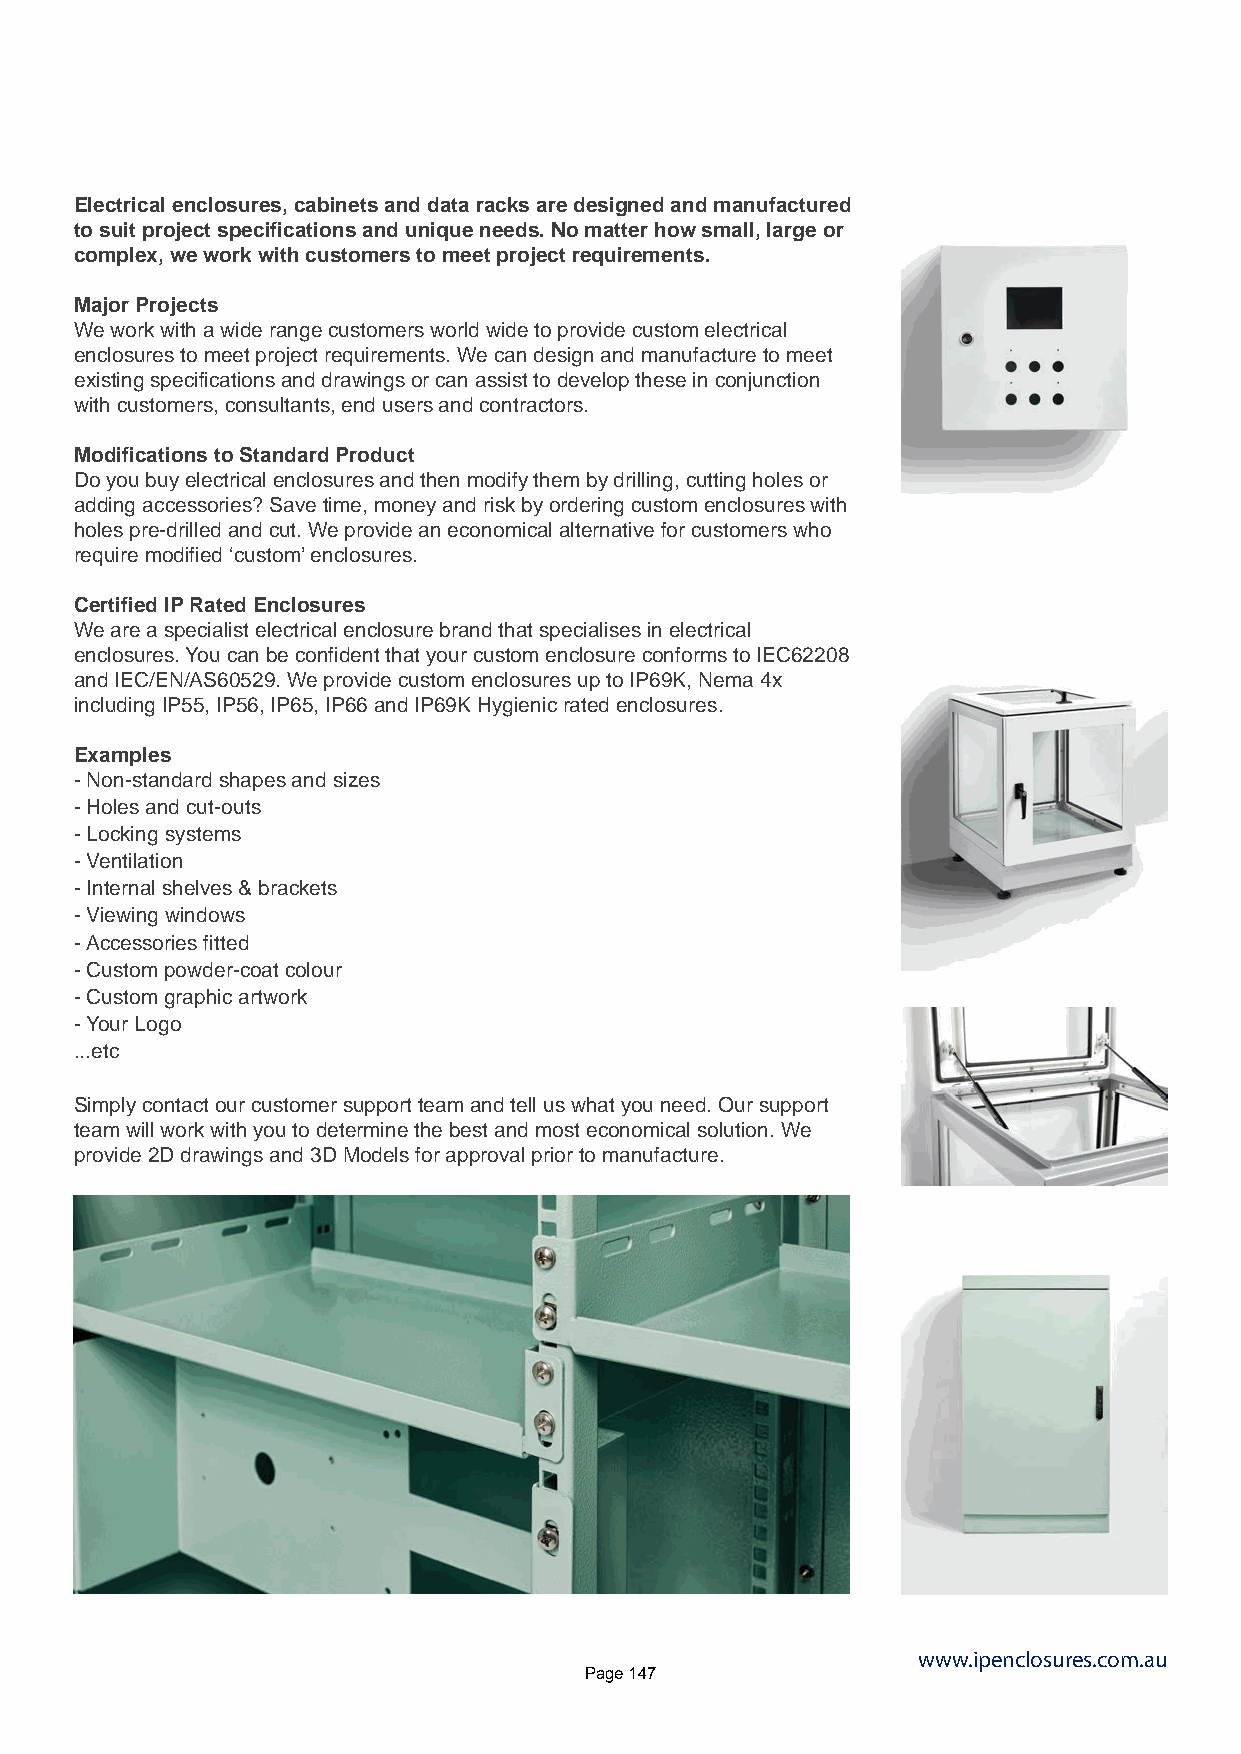
Electrical enclosures, cabinets and data racks are designed and manufactured
 to suit project specifications and unique needs. No matter how small, large or
 complex, we work with customers to meet project requirements.
 Major Projects
 We work with a wide range customers world wide to provide custom electrical
 enclosures to meet project requirements. We can design and manufacture to meet
 existing specifications and drawings or can assist to develop these in conjunction
 with customers, consultants, end users and contractors.
 Modifications to Standard Product
 Do you buy electrical enclosures and then modify them by drilling, cutting holes or
 adding accessories? Save time, money and risk by ordering custom enclosures with
 holes pre-drilled and cut. We provide an economical alternative for customers who
 require modified ‘custom’ enclosures.
 Certified IP Rated Enclosures
 We are a specialist electrical enclosure brand that specialises in electrical
 enclosures. You can be confident that your custom enclosure conforms to IEC62208
 and IEC/EN/AS60529. We provide custom enclosures up to IP69K, Nema 4x
 including IP55, IP56, IP65, IP66 and IP69K Hygienic rated enclosures.
 Examples
 - Non-standard shapes and sizes
 - Holes and cut-outs
 - Locking systems
 - Ventilation
 - Internal shelves & brackets
 - Viewing windows
 - Accessories fitted
 - Custom powder-coat colour
 - Custom graphic artwork
 - Your Logo
 ...etc
 Simply contact our customer support team and tell us what you need. Our support
 team will work with you to determine the best and most economical solution. We
 provide 2D drawings and 3D Models for approval prior to manufacture.
 www.ipenclosures.com.au
 Page 147